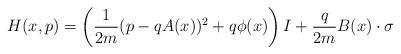
LaTeX: \begin{align*}H(x,p)=\left(\frac1{2m}(p-qA(x))^2+q\phi(x)\right)I+\frac{q}{2m}B(x)\cdot\sigma\end{align*}